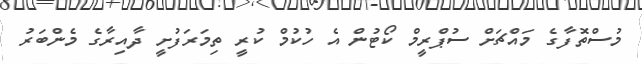
މުސްތޮފާގެ މައްޗަށް ސުޕްރީމް ކޯޓުން އެ ހުކުމް ކުރީ ތިމަރަފުށީ ދާއިރާގެ މެންބަރު